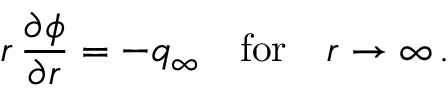
r \, \frac { \partial \phi } { \partial r } = - q _ { \infty } \quad \mathrm { f o r } \quad r \rightarrow \infty \, .